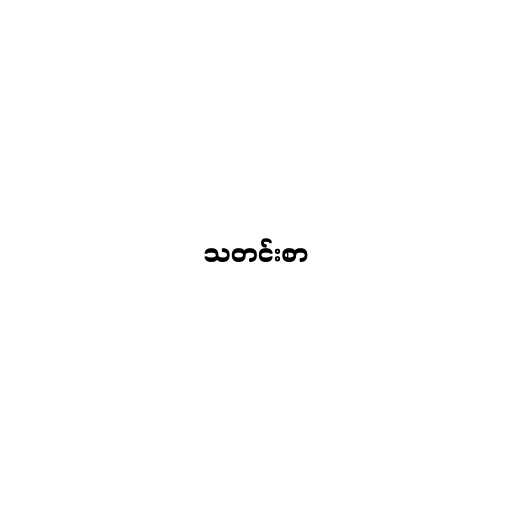
သတင်းစာ